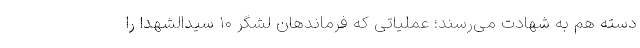
دسته هم به شهادت می‌رسند؛ عملیاتی که فرماندهان لشگر ۱۰ سیدالشهدا را